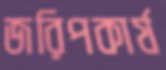
জরিপকার্য